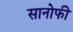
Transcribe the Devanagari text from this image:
सानोफी